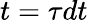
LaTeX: t=\tau dt